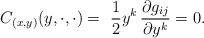
LaTeX: \begin{align*}C_{(x,y)}(y,\cdot,\cdot)=\,\,\frac{1}{2} y^k\,\frac{\partial g_{ij}}{\partial y^{k}}=0.\end{align*}